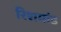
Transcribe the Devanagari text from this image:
रिशमांड